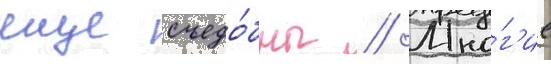
еще съедо́бны // Мно́г'ие